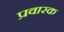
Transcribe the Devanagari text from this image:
प्रवारक